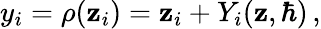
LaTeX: y_{i}=\rho(\mathbf{z}_{i})=\mathbf{z}_{i}+Y_{i}(\mathbf{z},\hbar)\, ,